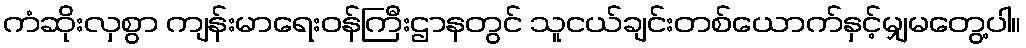
ကံဆိုးလှစွာ ကျန်းမာရေးဝန်ကြီးဌာနတွင် သူငယ်ချင်းတစ်ယောက်နှင့်မျှမတွေ့ပါ။